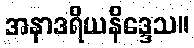
အနာဒရိယနိဒ္ဒေသ။